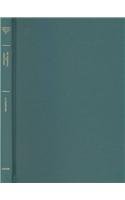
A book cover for The Yogasastra of Hemacandra: A Twelfth Century Handbook on Svetambara Jainism (Harvard Oriental Series); Religion & Spirituality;